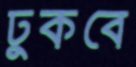
ঢুকবে